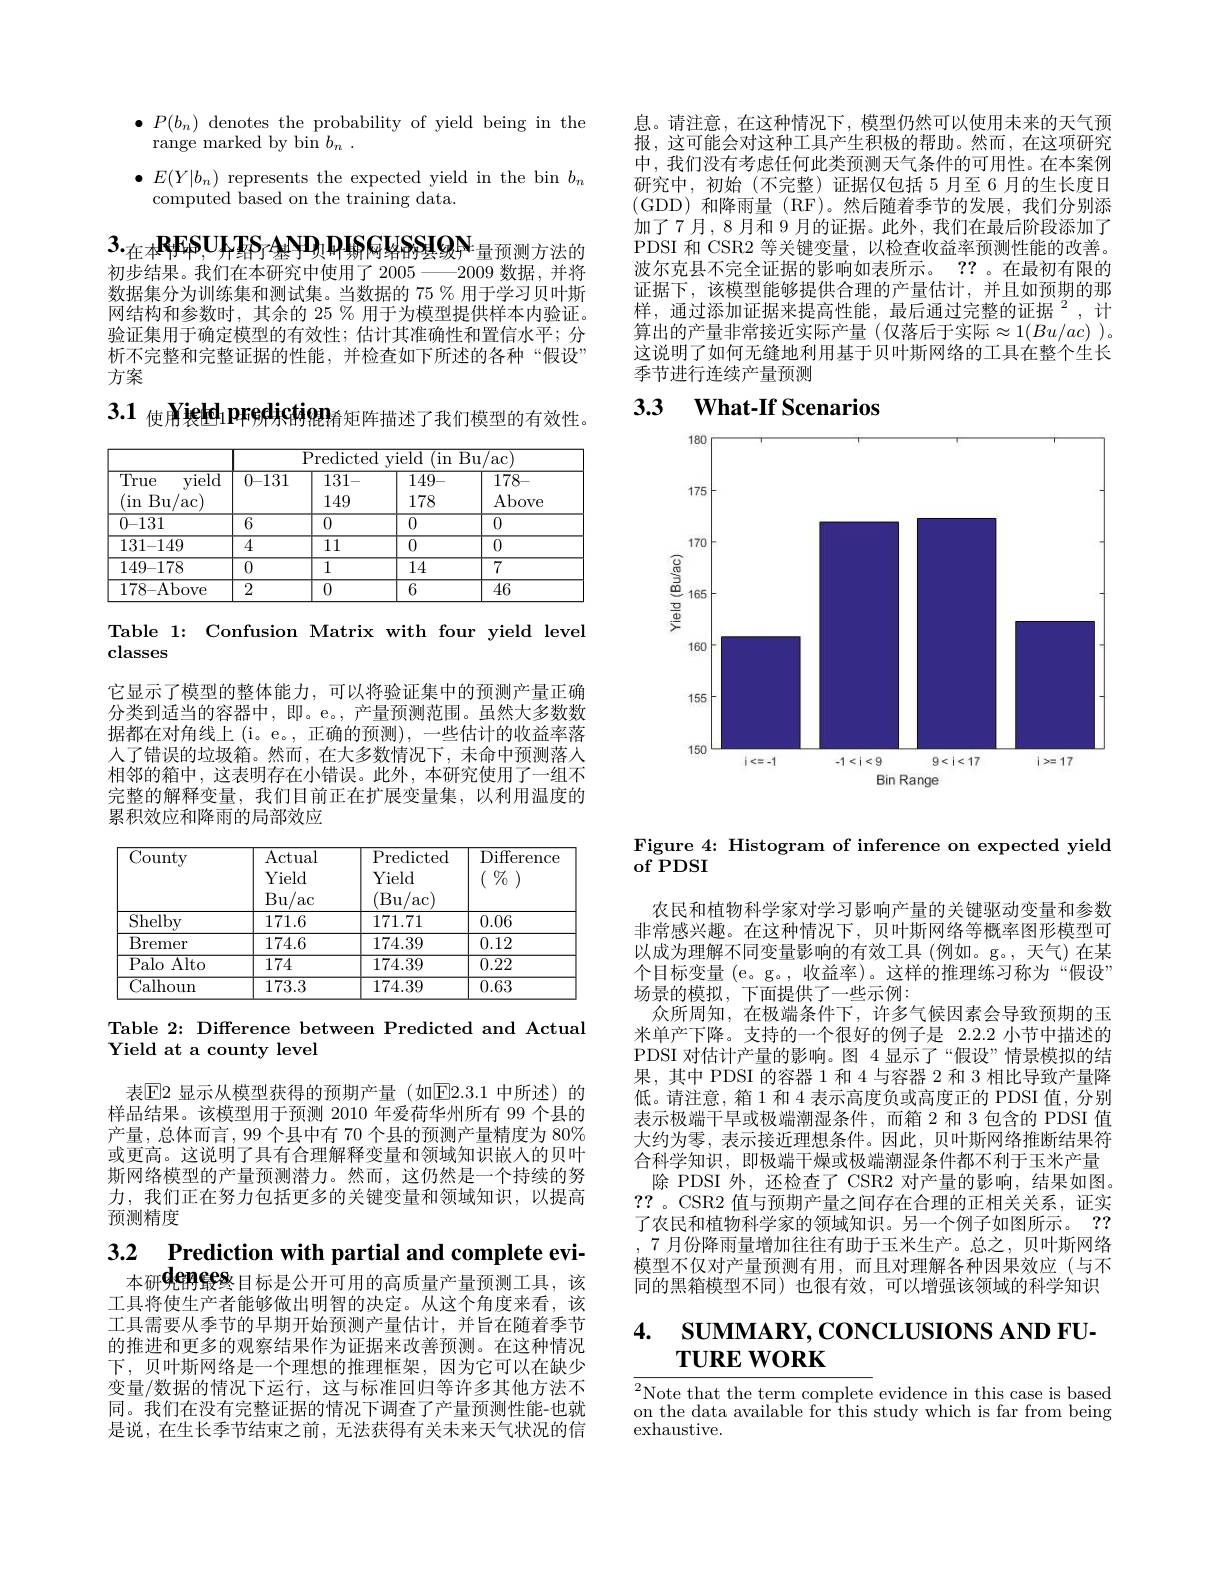
$\bullet P(b_{n})$ denotes the probability of yield being in the
range marked by bin $b_n$ .

$\bullet E(Y|b_n)$ represents the expected yield in the bin $b_n$
computed based on the training data.

$3._{\text{在本}}$RFSUATS$_\text{基}\mathrm{AND}_\text{贝}\mathrm{PHS}_\text{网络的县级}\mathrm{N}_\text{量预测方法的}$ 初步结果。我们在本研究中使用了 2005——2009 数据，并将

数据集分为训练集和测试集。当数据的 75 % 用于学习贝叶斯网结构和参数时，其余的 25 % 用于为模型提供样本内验证。验证集用于确定模型的有效性；估计其准确性和置信水平；分析不完整和完整证据的性能，并检查如下所述的各种“假设” 方案

$3.1_\text{ 使用}{\mathrm{Yied}}_{1}$prediction$_\text{脊矩阵描述了我们模型的有效性。}$

<table>
	<tbody>
		<tr>
			<th rowspan="3">True vield (in $Bu$ $^{'}\mathrm{ac}_{j}$ 7</th>
			<th colspan="4">Predicted yield (in Bu/ac)</th>
		</tr>
		<tr>
			<th>0{-131}</th>
			<th>131-</th>
			<th>149-</th>
			<th>178-</th>
		</tr>
		<tr>
			<th>0{-131}</th>
			<th>131- 149</th>
			<th>149- 178</th>
			<th>178- Above</th>
		</tr>
		<tr>
			<td>0-131</td>
			<td>6</td>
			<td>0</td>
			<td>0</td>
			<td>0</td>
		</tr>
		<tr>
			<td>131{-149}</td>
			<td>4</td>
			<td>111</td>
			<td>0</td>
			<td>0</td>
		</tr>
		<tr>
			<td>$149–178$</td>
			<td>0</td>
			<td>1</td>
			<td>14</td>
			<td>7</td>
		</tr>
		<tr>
			<td>178- Above</td>
			<td>2</td>
			<td>0</td>
			<td>6</td>
			<td>46</td>
		</tr>
	</tbody>
</table>

Table 1: Confusion Matrix with four vield level
classes

它显示了模型的整体能力，可以将验证集中的预测产量正确分类到适当的容器中，即。e。,产量预测范围。虽然大多数数据都在对角线上(i$。e。, 正 确 的 预 测 ) , 一 些 估 计 的 收 益 率 落$ 人了错误的垃圾箱。然而，在大多数情况下，未命中预测落人相邻的箱中，这表明存在小错误。此外，本研究使用了一组不完整的解释变量，我们目前正在扩展变量集，以利用温度的累积效应和降雨的局部效应

<table>
	<tbody>
		<tr>
			<th>$\overline{\text{County}}$</th>
			<th>Actual Yield Bu/ac</th>
			<th>Predicted Yield (Bu $^{\prime }$ac</th>
			<th>$\operatorname{Difference}$ $\%$ 1</th>
		</tr>
		<tr>
			<td>Shelby</td>
			<td>171.6</td>
			<td>171.71</td>
			<td>0.06</td>
		</tr>
		<tr>
			<td>$\operatorname{Bremer}$</td>
			<td>174.6</td>
			<td>174.39</td>
			<td>0.12</td>
		</tr>
		<tr>
			<td>Palo Alto</td>
			<td>174</td>
			<td>174.39</td>
			<td>0.22</td>
		</tr>
		<tr>
			<td>Calhoun</td>
			<td>173.3</td>
			<td>174.39</td>
			<td>0.63</td>
		</tr>
	</tbody>
</table>

Table 2: Difference between Predicted and Actual

Yield at a county level

表$\boxed{\mathrm{E}}2$ 显示从模型获得的预期产量(如$\boxed{\mathrm{E}}2.3.1$ 中所述)的样品结果。该模型用于预测 2010 年爱荷华州所有 99 个县的产量，总体而言，99个县中有 70 个县的预测产量精度为 80% 或更高。这说明了具有合理解释变量和领域知识嵌入的贝叶斯网络模型的产量预测潜力。然而，这仍然是一个持续的努力，我们正在努力包括更多的关键变量和领域知识，以提高预测精度

3.2 Prediction with partial and complete evi-

本研覺enees 目标是公开可用的高质量产量预测工具，该工具将使生产者能够做出明智的决定。从这个角度来看，该工具需要从季节的早期开始预测产量估计，并旨在随着季节的推进和更多的观察结果作为证据来改善预测。在这种情况下，贝叶斯网络是一个理想的推理框架，因为它可以在缺少变量/数据的情况下运行，这与标准回归等许多其他方法不同。我们在没有完整证据的情况下调查了产量预测性能-也就是说，在生长季节结束之前，无法获得有关未来天气状况的信

息。请注意，在这种情况下，模型仍然可以使用未来的天气预报，这可能会对这种工具产生积极的帮助。然而，在这项研究中，我们没有考虑任何此类预测天气条件的可用性。在本案例研究中，初始(不完整)证据仅包括 5月至 6 月的生长度日(GDD)和降雨量 (RF)。然后随着季节的发展，我们分别添加了7月，8月和 9月的证据。此外，我们在最后阶段添加了PDSI 和 CSR2 等关键变量，以检查收益率预测性能的改善。波尔克县不完全证据的影响如表所示。?? 。在最初有限的证据下，该模型能够提供合理的产量估计，并且如预期的那样，通过添加证据来提高性能，最后通过完整的证据$^2$,计算出的产量非常接近实际产量(仅落后于实际$\approx1(Bu/ac)$ )。这说明了如何无缝地利用基于贝叶斯网络的工具在整个生长季节进行连续产量预测

# 3.3 $\textbf{What- If Scenarios}$

<FigureHere>

Figure 4: Histogram of inference on expected yield
${\mathrm{of~PDSI}}$

农民和植物科学家对学习影响产量的关键驱动变量和参数非常感兴趣。在这种情况下，贝叶斯网络等概率图形模型可以成为理解不同变量影响的有效工具(例如。g。,天气)在某个目标变量(e。g。,收益率)。这样的推理练习称为“假设” 场景的模拟，下面提供了一些示例：
众所周知，在极端条件下，许多气候因素会导致预期的玉米单产下降。支持的一个很好的例子是 2.2.2 小节中描述的PDSI 对估计产量的影响。图 4 显示了“假设”情景模拟的结果，其中 PDSI 的容器 1 和 4 与容器 2 和 3 相比导致产量降低。请注意，箱 1 和 4 表示高度负或高度正的 PDSI 值，分别表示极端干旱或极端潮湿条件，而箱 2 和 3 包含的 PDSI 值大约为零，表示接近理想条件。因此，贝叶斯网络推断结果符合科学知识，即极端干燥或极端潮湿条件都不利于玉米产量除 PDSI 外，还检查了 CSR2 对产量的影响，结果如图。
??。CSR2 值与预期产量之间存在合理的正相关关系，证实了农民和植物科学家的领域知识。另一个例子如图所示。?? 7 月份降雨量增加往往有助于玉米生产。总之，贝叶斯网络模型不仅对产量预测有用，而且对理解各种因果效应(与不同的黑箱模型不同)也很有效，可以增强该领域的科学知识

# 4. SUMMARY, CONCLUSIONS AND FU- $\mathbf{TUREWORK}$

$\overline{{^2\text{Note that the term complete}}}$evidence in this case is based on the data available for $^{\mathrm{~this~study~which~is~far~from~being}}$ exhaustive.